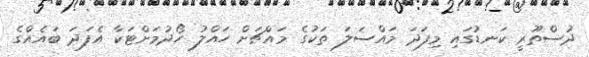
ދުސްތޫރީ ކަނޑުގައި މިފަދަ މައްސަލަ ތަކުގެ މައްޗަށް ހައްލު ހޯދުމަށްޓަކާ އެފަދަ ބައެއްގެ